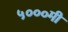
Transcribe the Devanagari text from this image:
५०००मी